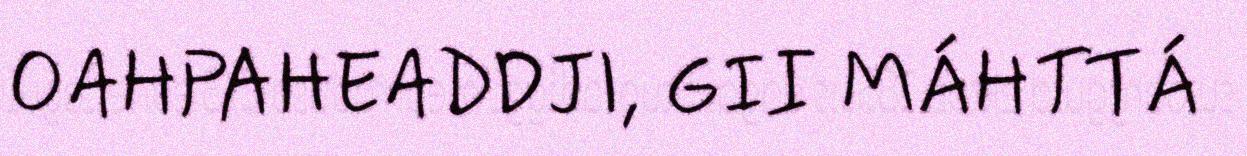
OAHPAHEADDJI, GII MÁHTTÁ